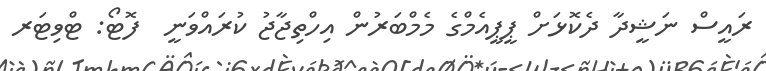
ރައީސް ނަޝީދާ ދެކޮޅަށް ޕީޕީއެމްގެ މެމްބަރުން އިހްތިޖާޖު ކުރައްވަނީ  ފޮޓޯ: ޓްވިޓަރ